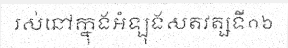
រស់នៅក្នុងអំឡុងសតវត្សទី១៦